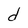
Character: d